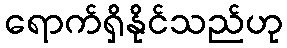
ရောက်ရှိနိုင်သည်ဟု